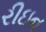
રીઇન